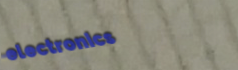
electronics